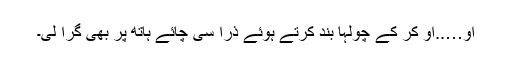
او…..او کر کے چولہا بند کرتے ہوئے ذرا سی چائے ہاتھ پر بھی گرا لی۔